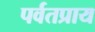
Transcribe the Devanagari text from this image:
पर्वतप्राय